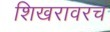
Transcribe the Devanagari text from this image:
शिखरावरच